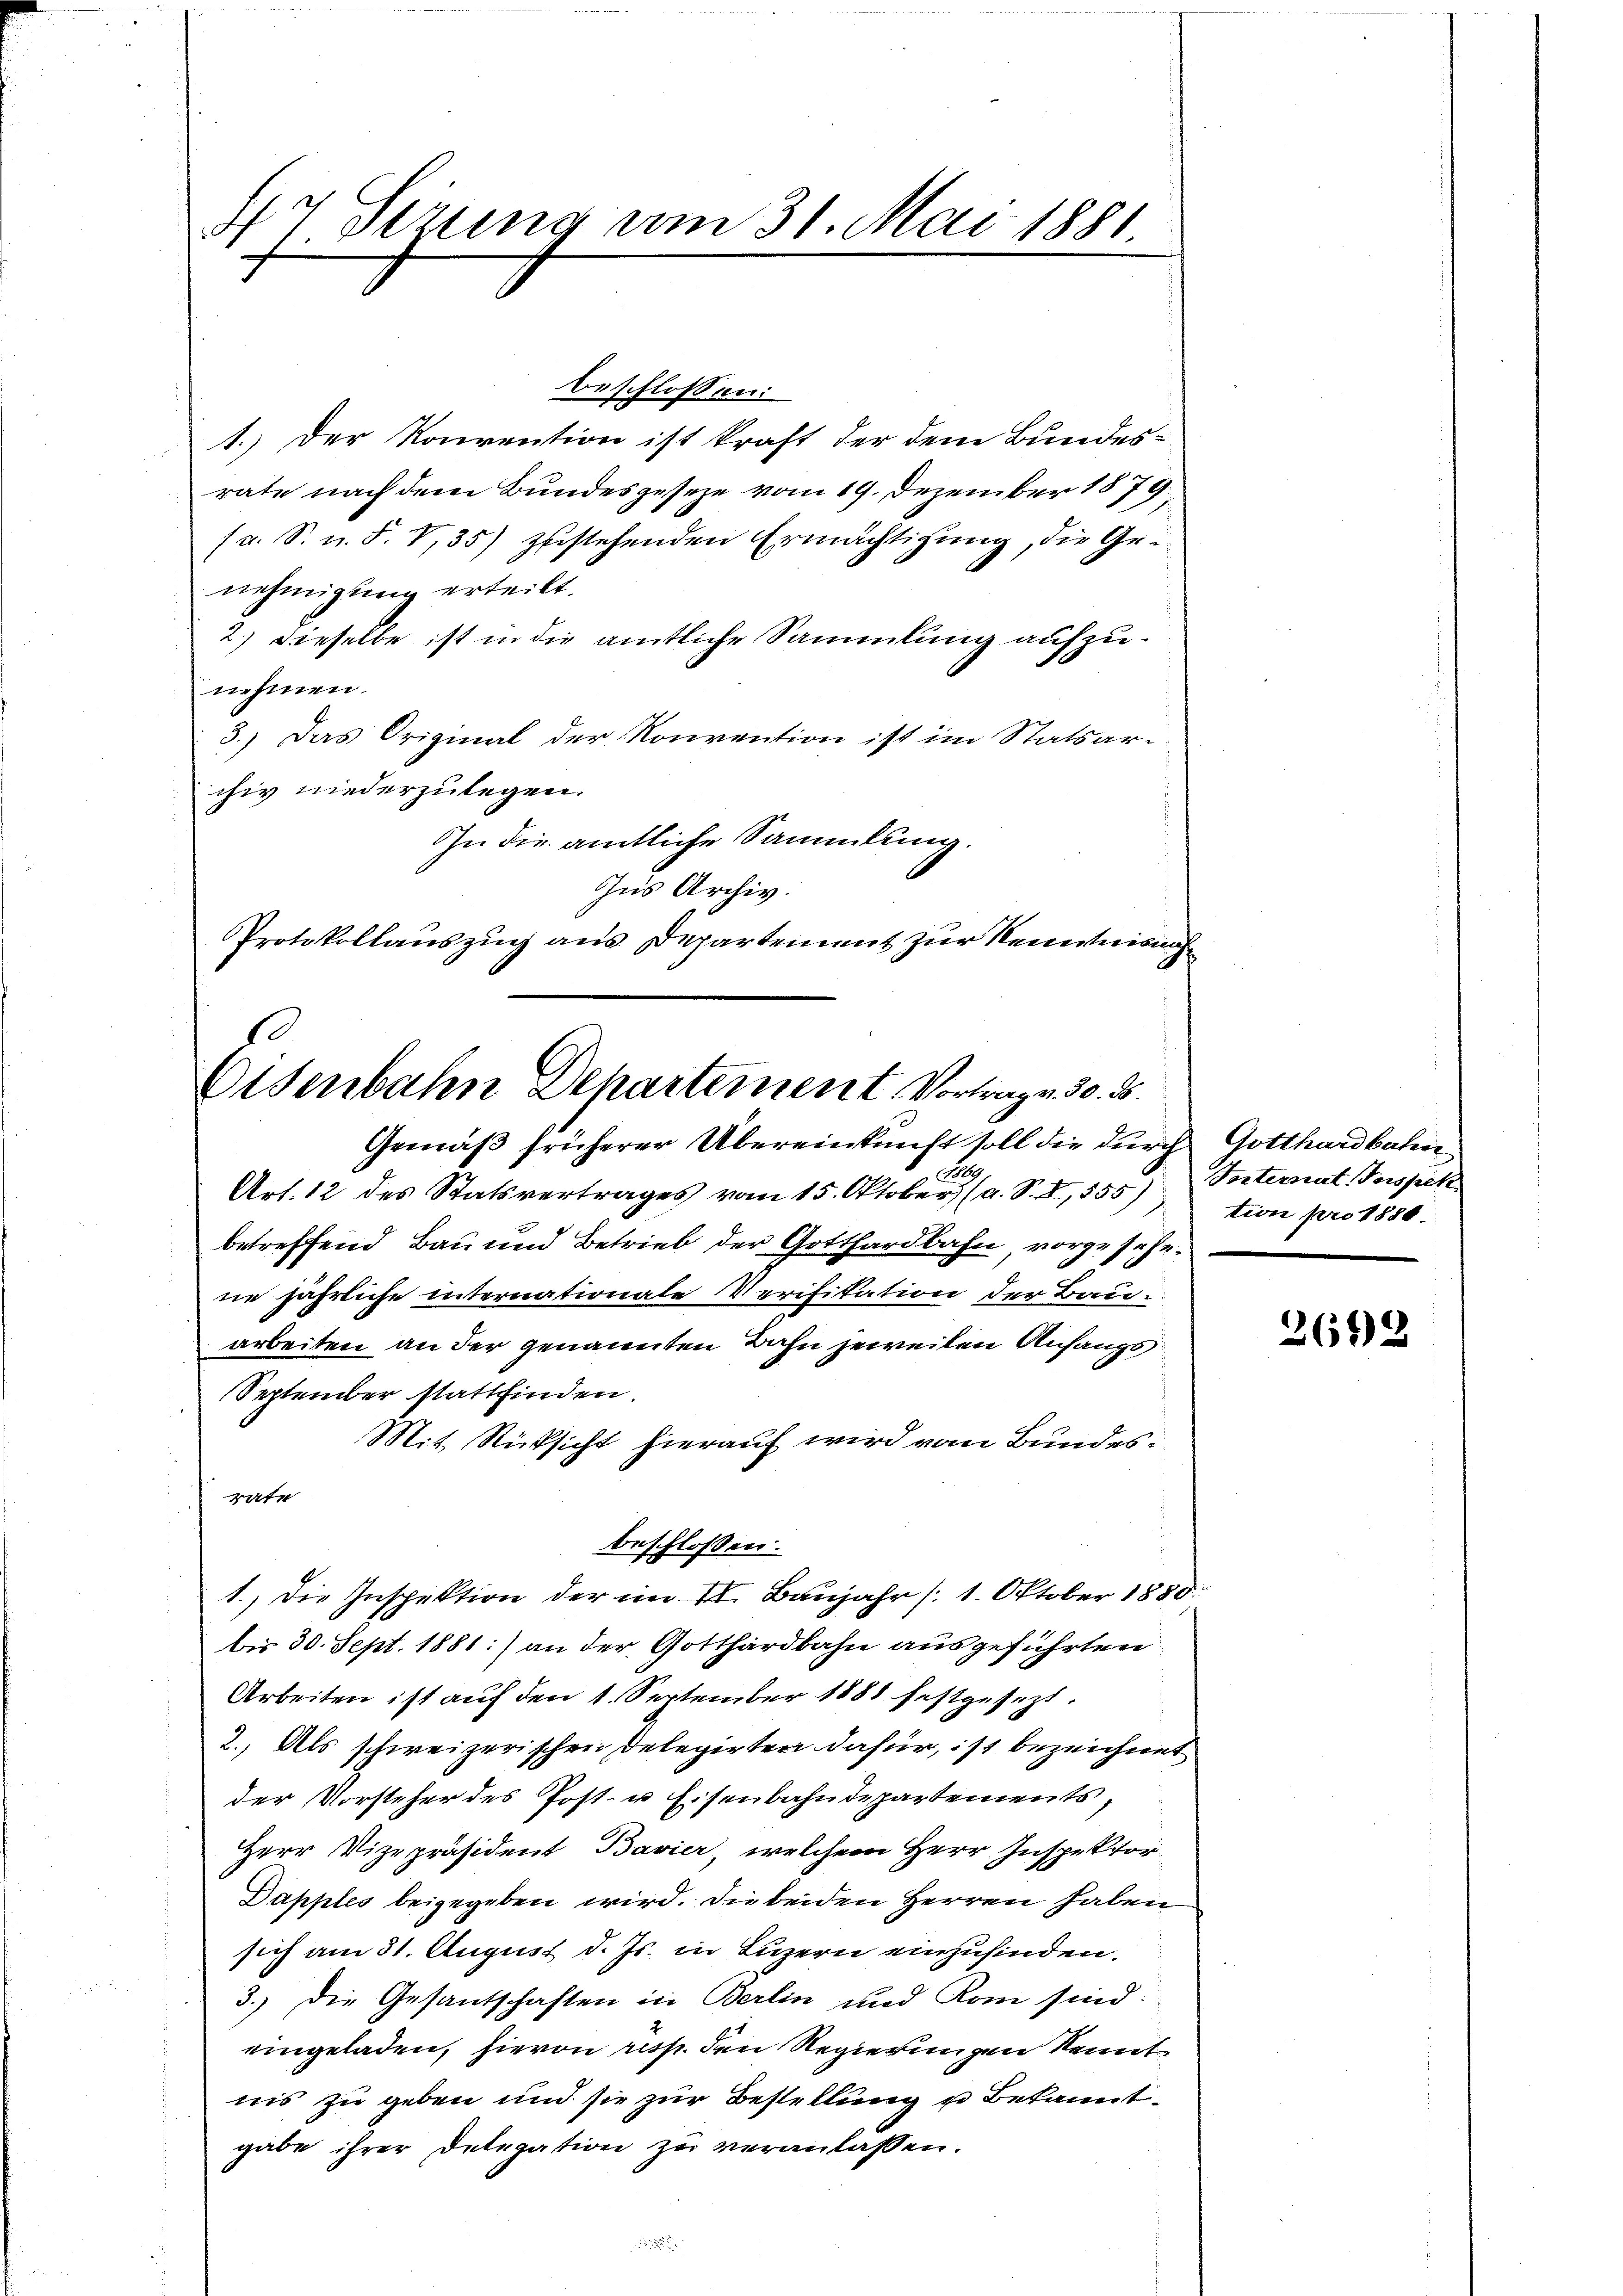
47 derung vom 31. Mai 1881
F

beschlossen:
1.) Der Konvention ist kraft der dem Bundes-
rate nach dem Bundesgeseze vom 19. Dezember 1879
(a. S. n. F. V,35) zustehenden Ermächtigung, die Genehmigung erteilt.
2.) Dieselbe ist in die amtliche Sammlung aufzunehmen.
3.) Das Original der Konvention ist im Statsarchiv niederzulegen.
In die amtliche Sammlung.
Gus Archiv.
Protokollauszug aus Departement zur Kenntnisnah

1
Eisenbahn Departement. Vortrage 50. 8.

Gemäß früherer Übereinkunft soll die durch Gotthardbahn
B
Art. 12 des Statsvertrages vom 15. Oktober (a. S. R., 555) Seiternat. Fürspek
betreffend Bau und Betrieb der Gotthardbahn vorgesehe.
ne jährliche internationale Verifikation der Bau-
arbeiten an der genannten Bahn jeweiten Anfangs
September stattfinden.
Mit Rücksicht hierauf wird vom Bundes:
rate
beschlossen:
1.) Die Inspektion der im II. Baujahr /1. Oktober 1880.
bis 30. Sept. 1881) an der Gotthardbahn ausgeführten
Arbeiten ist auf den 1. September 1888 festgesezt.
2.) Als schweizerischen Delegirten dafür, ist bezeichnet
der Vorsteher des Post- u Eisenbahndepartements,
Herr Vizepräsident Bavier, welchem Herr Inspektor
Dapples beigegeben wird. Die beiden Herren haben
sich am 31. August d. Js. in Luzern einzufinden.
3.) Die Gesantschaften in Berlin und Rom sind.
eingeladen, hievon resp. den Regierungen kennt
nis zu geben und sie zur Bestellung u Bekanntgabe ihrer Delegation zu veranlassen.

tion pro 1886.

2692